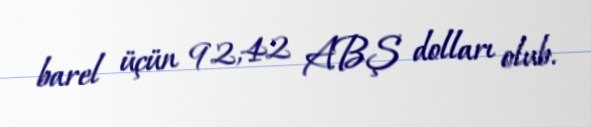
barel üçün 92,42 ABŞ dolları olub.